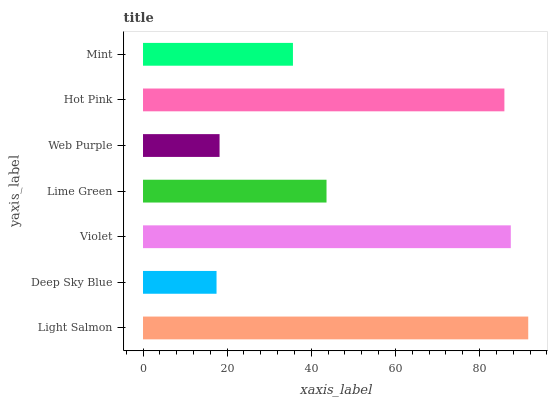
| yaxis_label | bars |
 | --- | --- |
 | Light Salmon | 91.6 |
 | Deep Sky Blue | 17.5 |
 | Violet | 87.4 |
 | Lime Green | 43.6 |
 | Web Purple | 18.2 |
 | Hot Pink | 85.9 |
 | Mint | 35.6 |